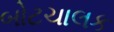
બોટચાલક